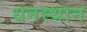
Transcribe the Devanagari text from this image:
धनस्थान